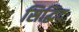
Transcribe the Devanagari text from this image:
सिद्धिदः